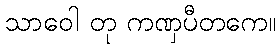
သာဝေါ တု ကဏှပီတကေ။